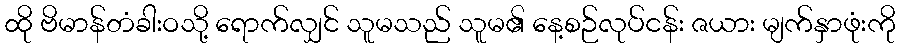
ထို ဗိမာန်တံခါးဝသို့ ရောက်လျှင် သူမသည် သူမ၏ နေ့စဉ်လုပ်ငန်း ဇယား မျက်နှာဖုံးကို